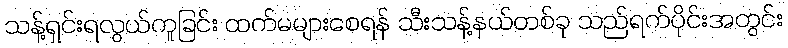
သန့်ရှင်းရလွယ်ကူခြင်း ထက်မများစေရန် သီးသန့်နယ်တစ်ခု သည်ရက်ပိုင်းအတွင်း